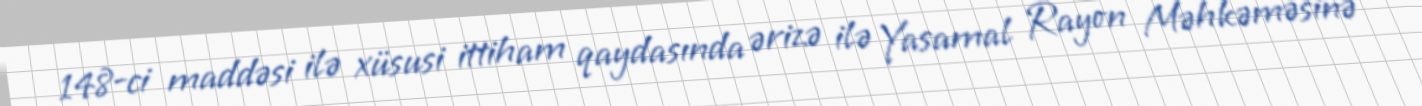
148-ci maddəsi ilə xüsusi ittiham qaydasında ərizə ilə Yasamal Rayon Məhkəməsinə